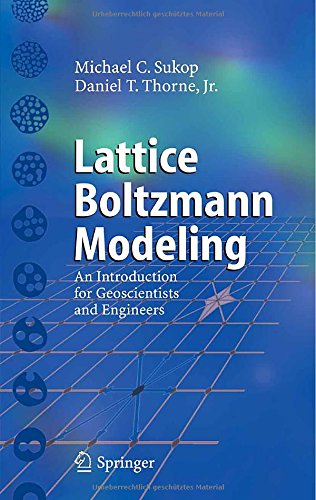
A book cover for Lattice Boltzmann Modeling: An Introduction for Geoscientists and Engineers; Michael C. Sukop; Computers & Technology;